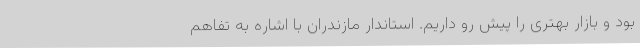
بود و بازار بهتری را پیش رو داریم. استاندار مازندران با اشاره به تفاهم